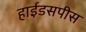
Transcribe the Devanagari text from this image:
हाईडसपीस